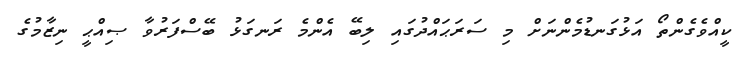
ކީއްވެގެންތޯ އަޅުގަނޑުމެންނަށް މި ސަރަޙައްދުގައި ލިބޭ އެންމެ ރަނގަޅު ބޭސްފަރުވާ ޞިއްޙީ ނިޒާމުގެ